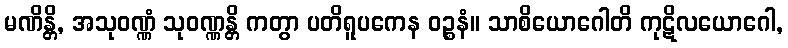
မဏိန္တိ, အသုဝဏ္ဏံ သုဝဏ္ဏန္တိ ကတွာ ပတိရူပကေန ဝဉ္စနံ။ သာစိယောဂေါတိ ကုဋိလယောဂေါ,